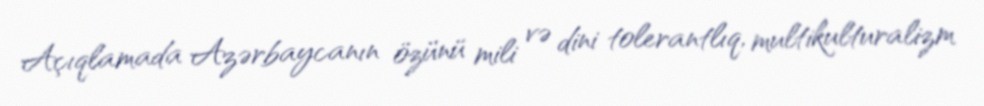
Açıqlamada Azərbaycanın özünü mili və dini tolerantlıq, multikulturalizm